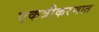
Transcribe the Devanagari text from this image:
एकत्रीकरणात